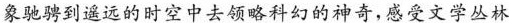
象驰骋到遥远的时空中去领略科幻的神奇，感受文学丛林